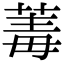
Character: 䓯